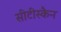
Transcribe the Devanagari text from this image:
सीटीस्कैन